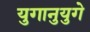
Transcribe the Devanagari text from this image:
युगानुयुगे